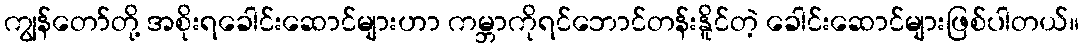
ကျွန်တော်တို့ အစိုးရခေါင်းဆောင်များဟာ ကမ္ဘာကိုရင်ဘောင်တန်းနိူင်တဲ့ ခေါင်းဆောင်များဖြစ်ပါတယ်။